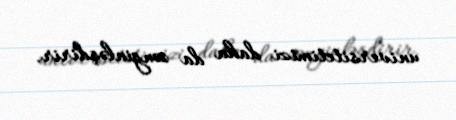
universitetimizi daha da zənginləşdirir.